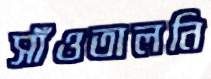
সাঁওতালনি